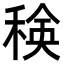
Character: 𮃍